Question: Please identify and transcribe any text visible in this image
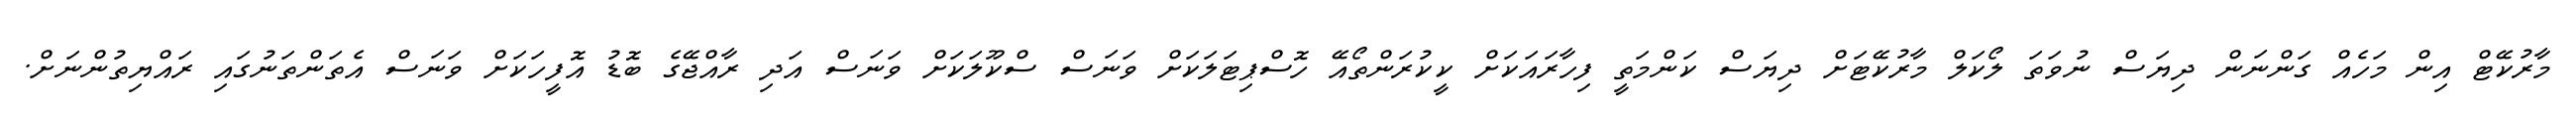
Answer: މާރުކޭޓް އިން މަހެއް ގަންނަން ދިޔަސް ނުވަތަ ލޯކަލް މާރުކޭޓަށް ދިޔަސް ކަންމަތީ ފިހާރައަކަށް ކީކުރަންތޯއޭ ހޮސްޕިޓަލަކަށް ވަނަސް ސްކޫލަކަށް ވަނަސް އަދި ރާއްޖޭގެ ބޮޑު އޮފީހަކަށް ވަނަސް އެތަންތަނުގައި ރައްޔިތުންނަށް.